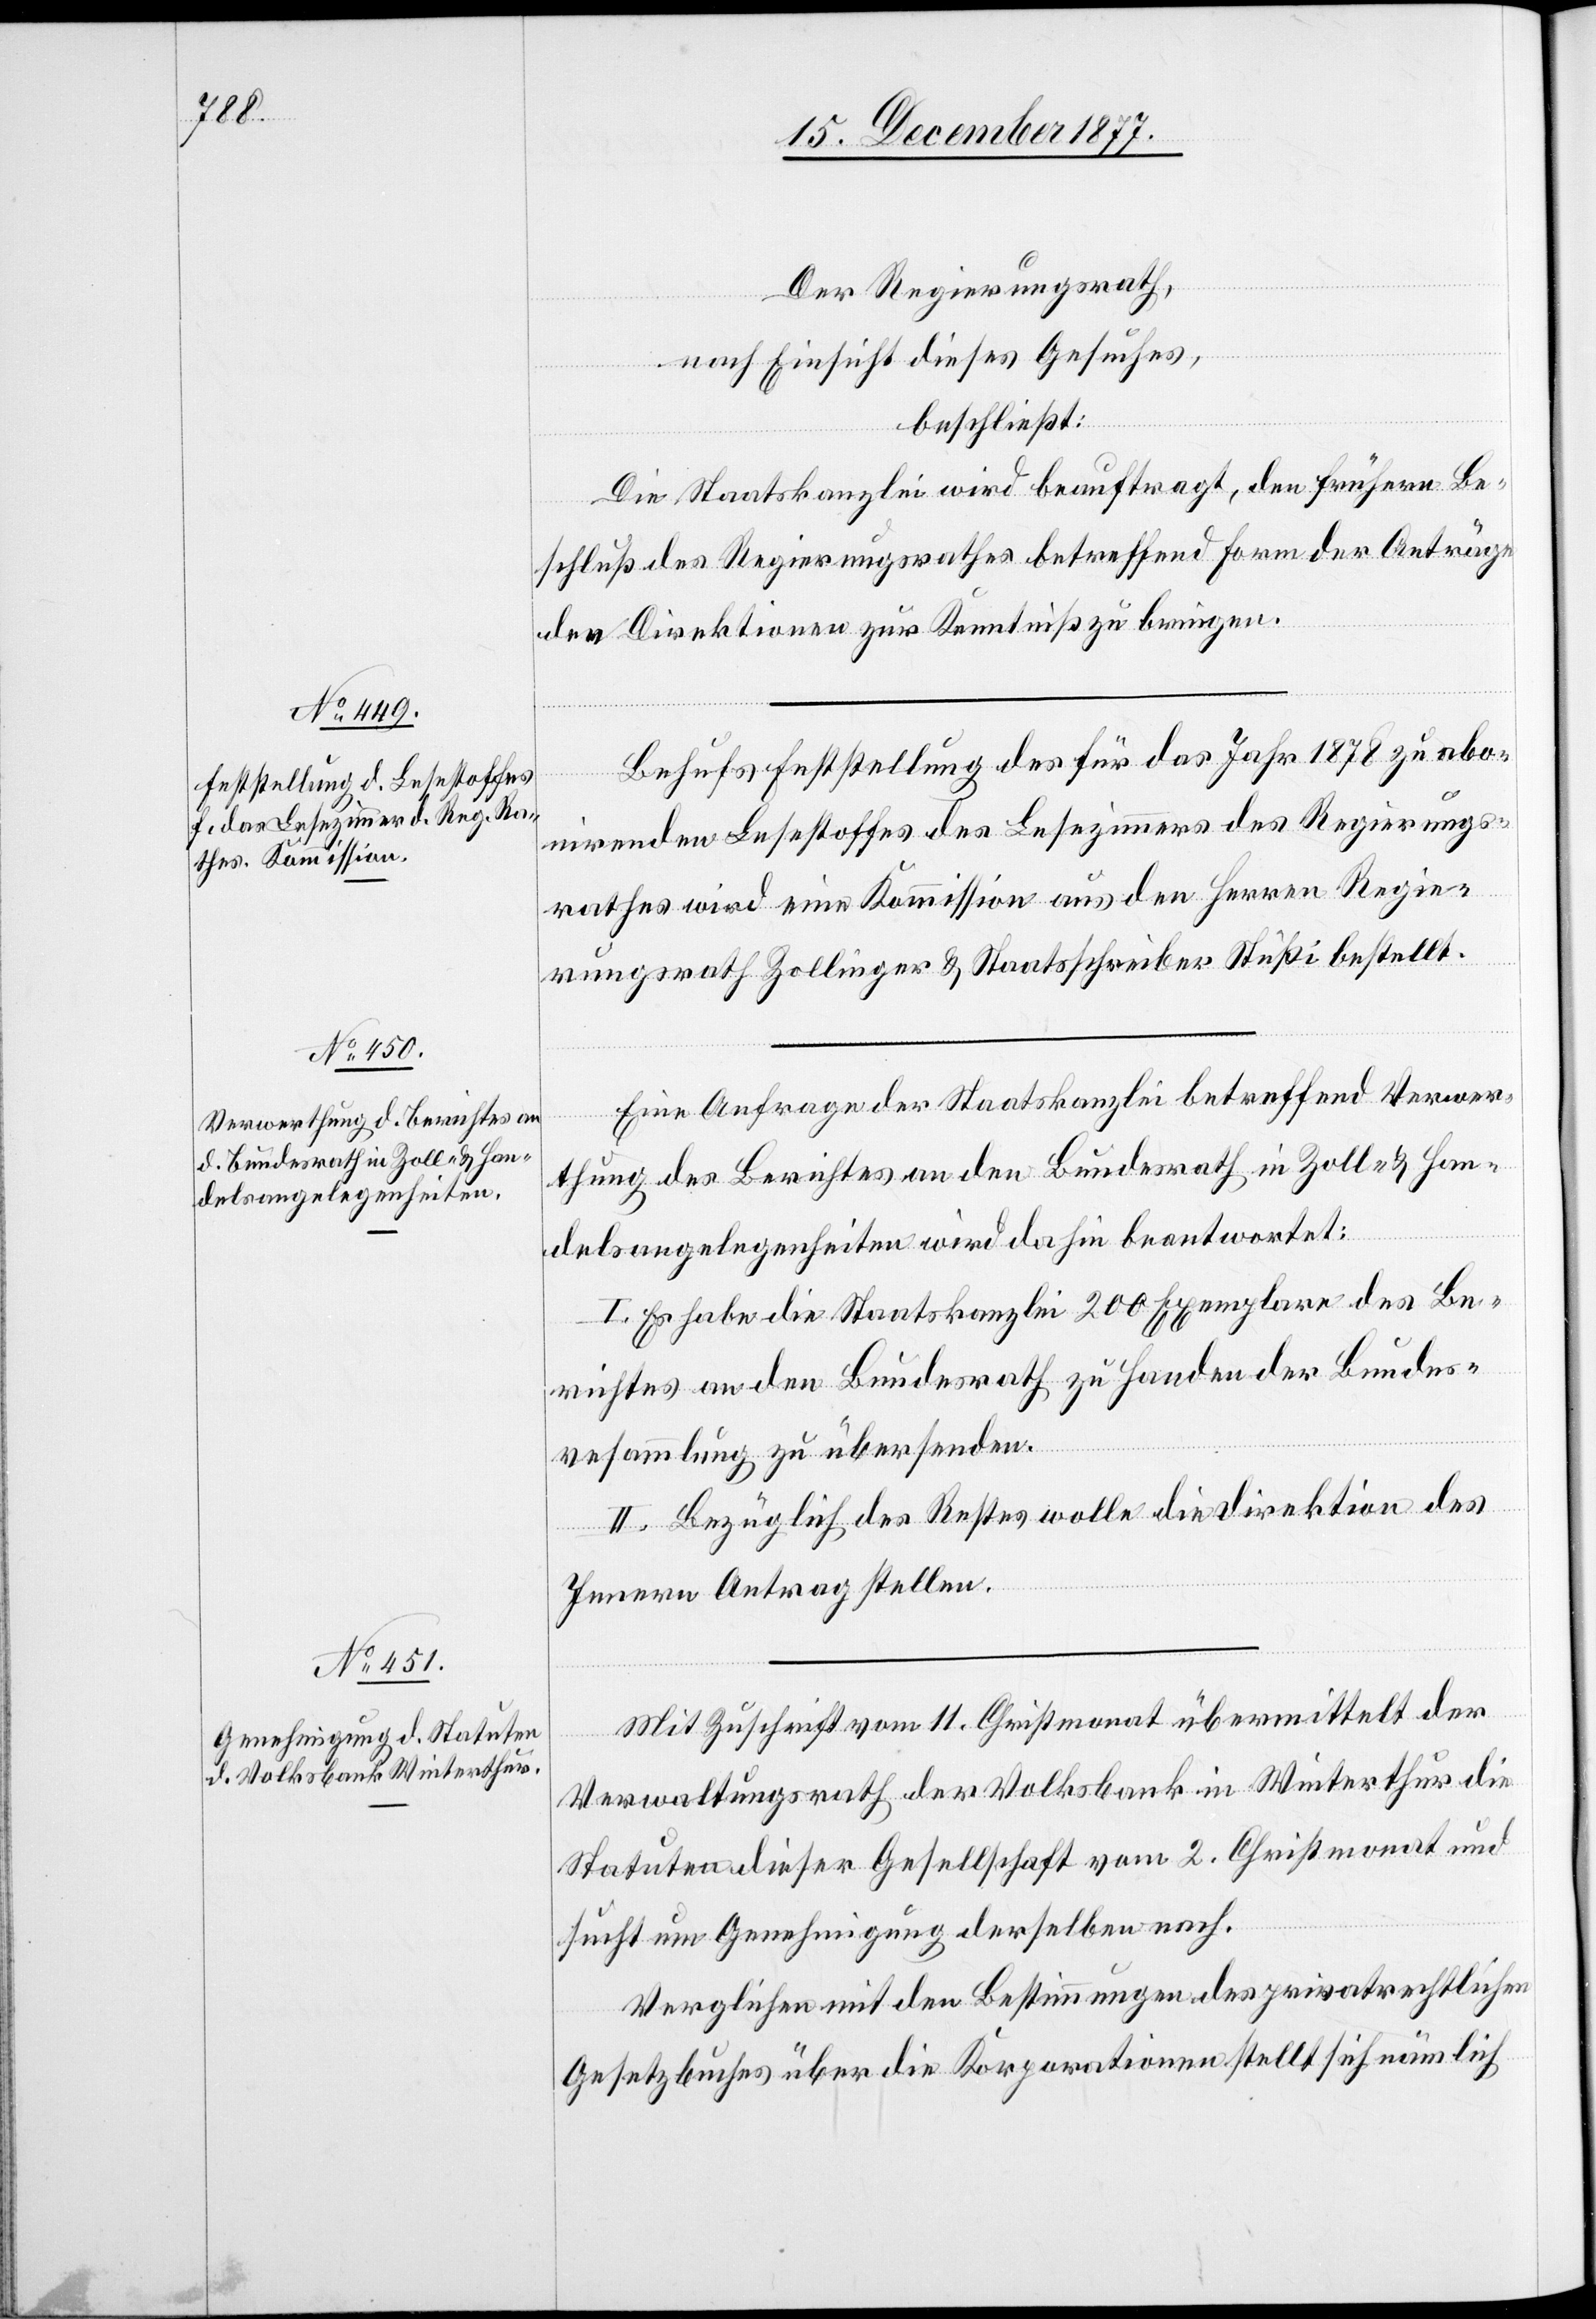
Der Regierungsrath,
nach Einsicht dieses Gesuches,
beschließt:
Die Staatskanzlei wird beauftragt, den frühern Be¬
schluß des Regierungsrathes betreffend Form der Anträge
den Direktionen zur Kenntniß zu bringen.
Behufs Feststellung des für das Jahr 1878 zu abo¬
nirenden Lesestoffes des Lesezimmers des Regierungs¬
rathes wird eine Kommission aus den Herren Regie¬
rungsrath Zollinger & Staatsschreiber Stüßi bestellt.
Eine Anfrage der Staatskanzlei betreffend Verwer¬
thung des Berichtes an den Bundesrath in Zoll- & Han¬
delsangelegenheiten wird dahin beantwortet:
I. Es habe die Staatskanzlei 200 Exemplare des Be¬
richtes an den Bundesrath zu Handen der Bundes¬
ve[r]sammlung zu übersenden.
II. Bezüglich des Restes wolle die Direktion des
Innern Antrag stellen.
Mit Zuschrift vom 11. Christmonat übermittelt der
Verwaltungsrath der Volksbank in Winterthur die
Statuten dieser Gesellschaft vom 2. Christmonat und
sucht um Genehmigung derselben nach.
Verglichen mit den Bestimmungen des privatrechtlichen
Gesetzbuches über die Korporationen stellt sich nämlich